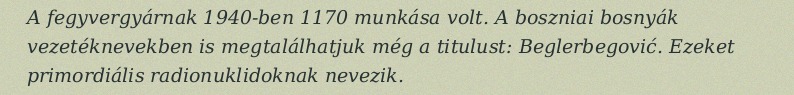
A fegyvergyárnak 1940-ben 1170 munkása volt. A boszniai bosnyák vezetéknevekben is megtalálhatjuk még a titulust: Beglerbegović. Ezeket primordiális radionuklidoknak nevezik.